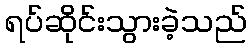
ရပ်ဆိုင်းသွားခဲ့သည်